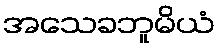
အသေခဘူမိယံ